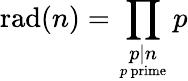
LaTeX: \displaystyle\mathrm{rad}(n)=\prod_{\scriptstyle p\mid n\atop p{\mathrm{~prime}}}p